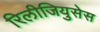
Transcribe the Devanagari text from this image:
रिलीजियुसेस